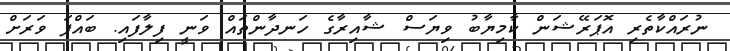
ނުރައްކާތެރި އޮޕަރޭޝަން ކާމިޔާބު ވިޔަސް ޝާއިރާގެ ހަނދާންތައް ވަނީ ފިލާފައި. ބައްޕަ ވަރަށް